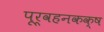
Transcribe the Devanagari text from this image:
पूर्वहनकक्ष